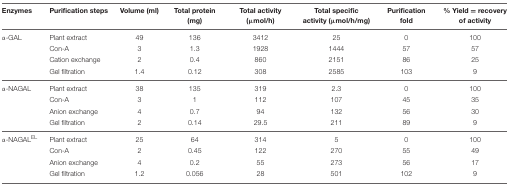
| Enzymes | Purification steps | Volume (ml) | Total protein (mg) | Total activity (μmol/h) | Total specific activity (μmol/h/mg) | Purification fold | % Yield = recovery of activity |
 | --- | --- | --- | --- | --- | --- | --- | --- |
 | α-GAL | Plant extract | 49 | 136 | 3412 | 25 | 0 | 100 |
 |  | Con-A | 3 | 1.3 | 1928 | 1444 | 57 | 57 |
 |  | Cation exchange | 2 | 0.4 | 860 | 2151 | 86 | 25 |
 |  | Gel filtration | 1.4 | 0.12 | 308 | 2585 | 103 | 9 |
 | α-NAGAL | Plant extract | 38 | 135 | 319 | 2.3 | 0 | 100 |
 |  | Con-A | 3 | 1 | 112 | 107 | 45 | 35 |
 |  | Anion exchange | 4 | 0.7 | 94 | 132 | 56 | 30 |
 |  | Gel filtration | 2 | 0.14 | 29.5 | 211 | 89 | 9 |
 | α-NAGALEL | Plant extract | 25 | 64 | 314 | 5 | 0 | 100 |
 |  | Con-A | 2 | 0.45 | 122 | 270 | 55 | 49 |
 |  | Anion exchange | 4 | 0.2 | 55 | 273 | 56 | 17 |
 |  | Gel filtration | 1.2 | 0.056 | 28 | 501 | 102 | 9 |